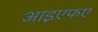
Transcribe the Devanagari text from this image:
आइएफए